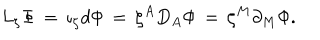
L _ { \zeta } { \Phi } \, = \, { \iota } _ { \zeta } d { \Phi } \, = \, { \zeta } ^ { A } D _ { A } { \Phi } \, = \, { \zeta } ^ { M } \partial _ { M } { \Phi } .